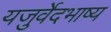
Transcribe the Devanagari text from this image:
यजुर्वेदभाष्य